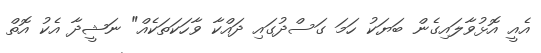
އެއީ އޮޅުވާލައިގެން ބަޔަކު ހަމަ ގަސްދުގައި ދައްކާ ވާހަކަތަކެއްް" ނަޝީދާ އެކު އޮތް